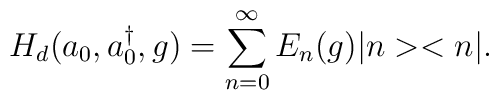
H_{d}(a_0,a^{\dag }_0,g)=\sum ^{\infty }_{n=0}E_{n}(g)|n><n|.